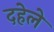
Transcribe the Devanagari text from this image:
दहेले